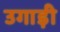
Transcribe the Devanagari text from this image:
उगाड़ी